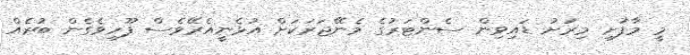
މީ މާފުށި މިރަށު ޑައިވިން ސެންޓަރުގެ މެނޭޖަރަކަށް އުޅެނީއެރޭވެސް ފޫހިވެގެން ބުރެއް